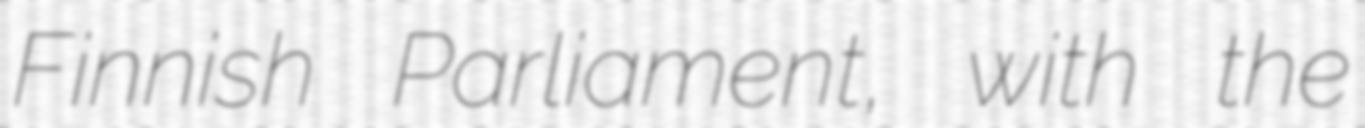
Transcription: Finnish Parliament, with the